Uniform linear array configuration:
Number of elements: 4
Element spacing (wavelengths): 0.75
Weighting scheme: exponential
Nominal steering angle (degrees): -60
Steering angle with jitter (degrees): -61.535
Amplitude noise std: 0.05
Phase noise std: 0.05

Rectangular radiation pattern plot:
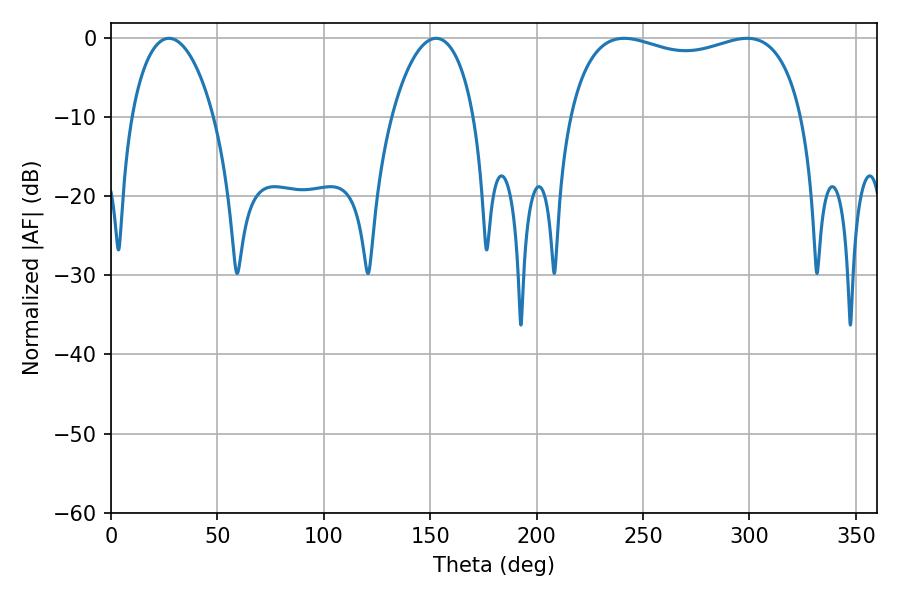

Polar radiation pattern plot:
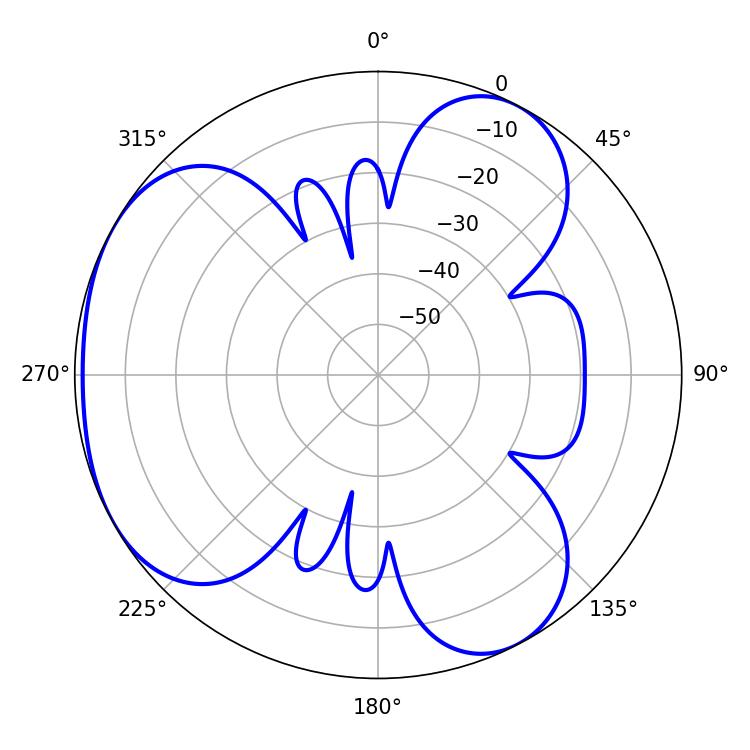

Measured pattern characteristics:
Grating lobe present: TRUE
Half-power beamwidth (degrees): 90
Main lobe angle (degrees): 241.2